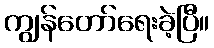
ကျွန်တော်ရေးခဲ့ပြီ။